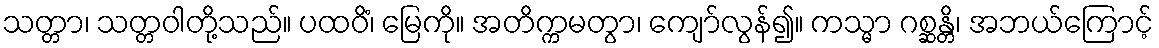
သတ္တာ၊ သတ္တဝါတို့သည်။ ပထဝိံ၊ မြေကို။ အတိက္ကမတွာ၊ ကျော်လွန်၍။ ကသ္မာ ဂစ္ဆန္တိ၊ အဘယ်ကြောင့်